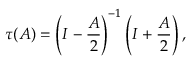
\tau ( A ) = \left( I - \frac { A } { 2 } \right) ^ { - 1 } \left( I + \frac { A } { 2 } \right) ,